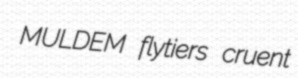
MULDEM flytiers cruent